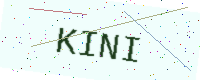
Text: KINI